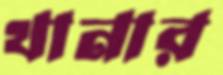
থানার